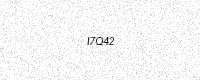
Text: I7Q42